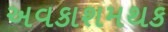
અવકાશમથક